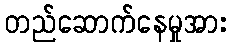
တည်ဆောက်နေမှုအား